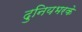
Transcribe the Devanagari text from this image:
दुनियभरके